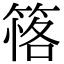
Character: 𥯚